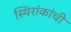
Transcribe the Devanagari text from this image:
स्थिरांकांची